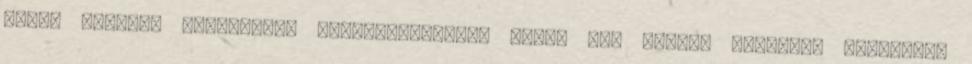
Joint Support különleges hatékonyságának titka egy védett gyártási folyamat,